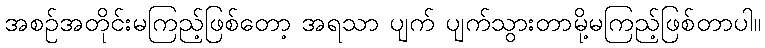
အစဉ်အတိုင်းမကြည့်ဖြစ်တော့ အရသာ ပျက် ပျက်သွားတာမို့မကြည့်ဖြစ်တာပါ။